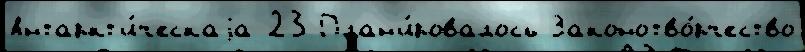
Антаркт'и́ческаjа 23 План'и́ровалось Законотво́рчество